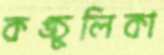
কঙ্চুলিকা